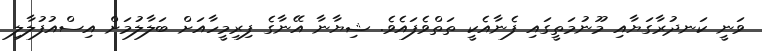
ވަނީ ކަނދުރާގަޔާއި މޫނުމަތީގައި ފެނާއެކީ ތަތްވެފައެވެ. ޝިޔާނާ އޭނާގެ ފިރިމީހާއަށް ބަލާލުމަށް އިސްއުފުލާލި